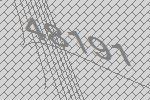
48191